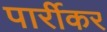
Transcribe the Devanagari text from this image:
पार्रीकर